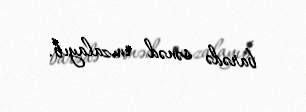
barədə sənəd imzalayıb.